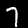
Digit: 7